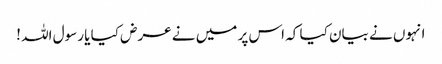
انہوں نے بیان کیا کہ اس پر میں نے عرض کیا یا رسول اللہ !